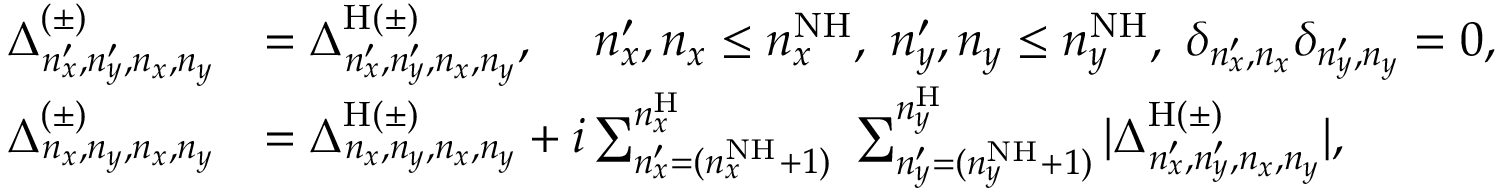
\begin{array} { r l } { \Delta _ { n _ { x } ^ { \prime } , n _ { y } ^ { \prime } , n _ { x } , n _ { y } } ^ { ( \pm ) } } & { = \Delta _ { n _ { x } ^ { \prime } , n _ { y } ^ { \prime } , n _ { x } , n _ { y } } ^ { \mathrm { H } ( \pm ) } , \, \, \, \, \, \, \, n _ { x } ^ { \prime } , n _ { x } \leq n _ { x } ^ { \mathrm { N H } } , \, \, n _ { y } ^ { \prime } , n _ { y } \leq n _ { y } ^ { \mathrm { N H } } , \, \, \delta _ { n _ { x } ^ { \prime } , n _ { x } } \delta _ { n _ { y } ^ { \prime } , n _ { y } } = 0 , } \\ { \Delta _ { n _ { x } , n _ { y } , n _ { x } , n _ { y } } ^ { ( \pm ) } } & { = \Delta _ { n _ { x } , n _ { y } , n _ { x } , n _ { y } } ^ { \mathrm { H } ( \pm ) } + i \sum _ { n _ { x } ^ { \prime } = ( n _ { x } ^ { \mathrm { N H } } + 1 ) } ^ { n _ { x } ^ { \mathrm { H } } } \; \sum _ { n _ { y } ^ { \prime } = ( n _ { y } ^ { \mathrm { N H } } + 1 ) } ^ { n _ { y } ^ { \mathrm { H } } } | \Delta _ { n _ { x } ^ { \prime } , n _ { y } ^ { \prime } , n _ { x } , n _ { y } } ^ { \mathrm { H } ( \pm ) } | , } \end{array}